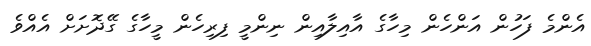
އެންމެ ފަހުން އަންހެން މިހާގެ އާއިލާއިން ނިންމީ ފިރިހެން މީހާގެ ގޭދޮށަށް އެއްވެ